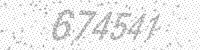
Solution: 674541